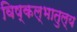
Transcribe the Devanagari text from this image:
विष्कल्भातुल्य